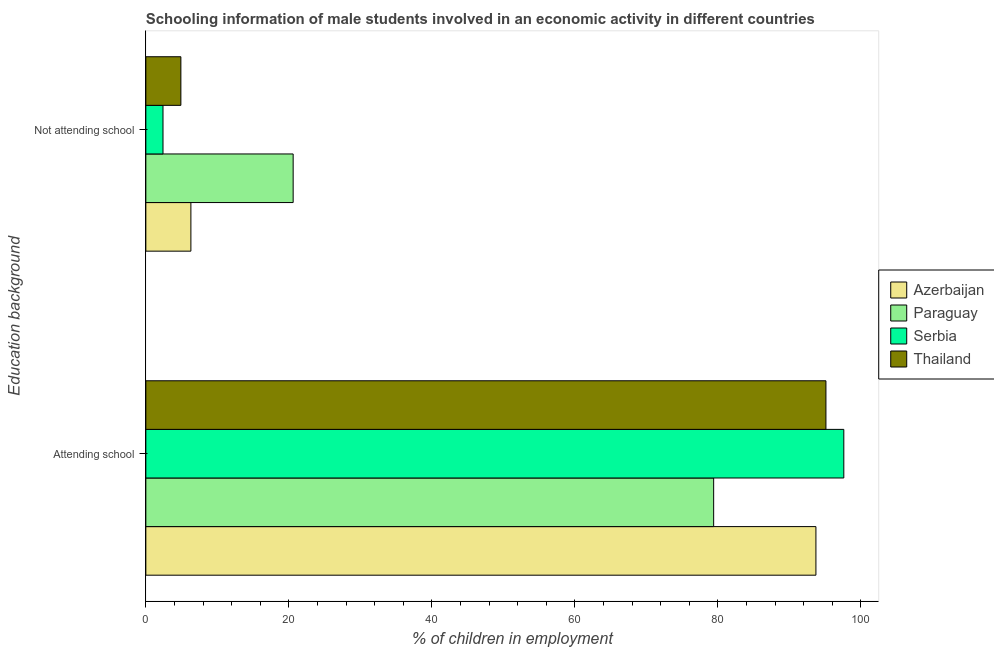
| Education background | Azerbaijan | Paraguay | Serbia | Thailand |
 | --- | --- | --- | --- | --- |
 | Attending school | 93.7 | 79.4 | 97.6 | 95.1 |
 | Not attending school | 6.3 | 20.6 | 2.4 | 4.9 |